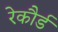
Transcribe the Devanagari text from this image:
रेकौर्ड